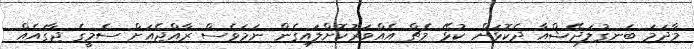
މާދަމަ ބަނގުލަދޭޝްއާ ދެކޮޅަށް ކުޅޭ މެޗް އެއްވަރުކޮށްލައިގެން ނަމަވެސް ރާއްޖެއަށް ސެމީގެ ޖާގައެއް